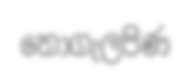
නොගැලපිණ